Annual report on the working of the mental hospitals in the Madras Presidency - 1912-1932
Year: 1912
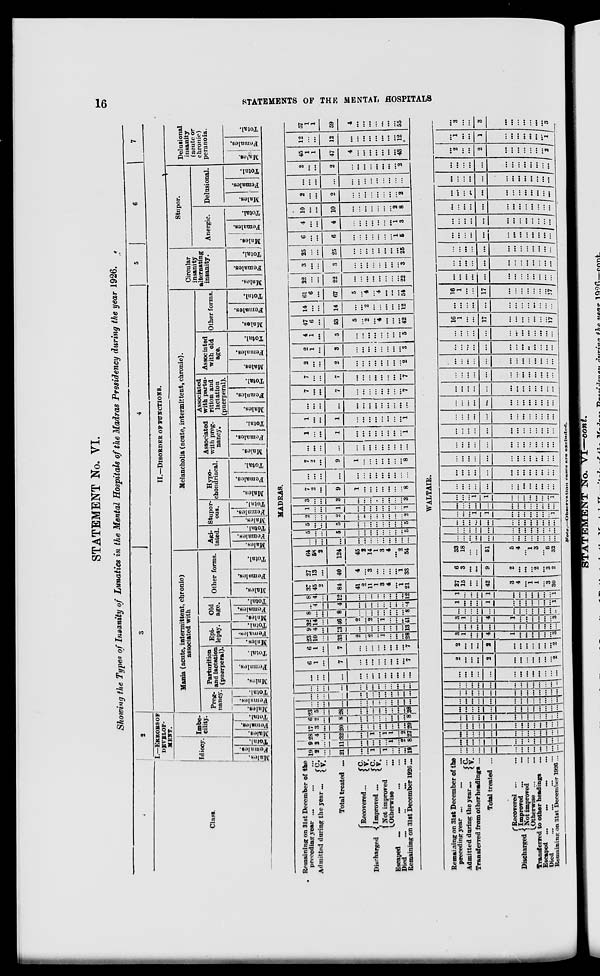
16
STATEMENTS OF THE MENTAL HOSPITALS
STATEMENT No. VI.
Showing the Types of Insanity of Lunatics in the Mental Hospitals of the Madras Presidency during the year 1926.
1
Class.
2
I.—ERRORS OF
DEVELOP-
MENT.
Idiocy.
Males.
Females.
Total.
Imbe-
cility.
Males.
Females.
Total.
3
4
5
6
7
II.—DISORDER OF FUNCTIONS.
Mania (acute, intermittent, chronic)
associated with
Preg-
nancy.
Males.
Females.
Total.
Parturition
and lactation
(puerperal).
Males.
Females.
Total.
Epi-
lepsy.
Males.
Females.
Total.
Old
age.
Males.
Females.
Total.
Other forms.
Males.
Females.
Total.
Melancholia (acute, intermittent, chronic).
Agi-
tated.
Males.
Females.
Total.
Stupor-
ous.
Males.
Females.
Total.
Hypo-
chondriacal.
Males.
Females.
Total.
Associated
with preg-
nancy.
Males.
Females.
Total.
Associated
with partu-
rition and
lactation
(puerperal).
Males.
Females.
Total.
Associated
with old
age.
Males.
Females.
Total.
Other forms.
Males.
Females.
Total.
Circular
insanity
alternating
insanity.
Males.
Females.
Total.
Stupor.
Anergic.
Males.
Females.
Total.
Delusional.
Males.
Females.
Total.
Delusional
insanity
(acute or
chronic)
peranoia.
Males.
Females.
Total.
MADRAS.
Remaining on 31st December of the
preceding year
…
…
…
Admitted during the year ...
C. V.
Total treated ...
Discharged
Recovered ...
Improved
C.
V.
C. V.
Not improved …
Otherwise …
Escaped
…
…
... …
Died
...
...
...
...
Remaining on 31st December 1926 ...
19
2
...
21
…
…
1
...
1
...
...
…
19
9
2
...
11
…
…
…
...
...
1
...
2
8
28
4
...
32
…
...
1
...
1
1
...
2
27
17
3
...
20
…
…
...
...
…
…
...
...
20
6
2
...
8
…
...
...
...
...
...
...
...
8
23
5
...
28
…
...
...
...
…
…
…
…
28
…
...
...
…
…
...
...
...
...
...
…
…
...
…
...
...
…
…
...
...
...
...
...
...
...
...
…
...
...
...
…
...
...
...
...
...
...
...
...
...
...
...
...
...
…
...
...
...
...
…
...
...
6
1
…
7
…
...
...
...
...
...
...
...
7
6
1
...
7
…
...
...
...
...
...
...
...
7
23
10
...
33
2
...
2
…
1
...
…
...
28
9
4
...
13
...
...
...
...
...
...
...
...
13
32
14
...
46
2
...
2
...
1
...
...
...
41
8
...
…
8
…
…
…
...
…
...
...
...
8
…
4
...
4
…
...
…
...
…
...
...
...
4
8
4
...
12
…
...
…
…
…
...
...
...
12
37
45
2
84
41
2
11
1
3
4
...
1
21
27
13
...
40
4
…
3
...
...
...
…
1
33
64
58
2
124
45
2
14
1
3
4
...
2
54
…
…
...
...
…
…
...
…
...
…
…
...
...
5
...
...
5
…
...
...
...
...
...
...
...
5
5
…
...
5
…
...
...
...
...
...
...
…
5
2
…
...
2
…
…
...
…
...
...
...
...
2
1
…
...
1
…
…
...
...
...
...
...
…
1
3
…
...
3
…
…
...
…
…
...
...
...
3
7
2
…
9
1
…
…
…
...
…
...
…
8
…
...
...
…
…
…
...
...
...
...
...
...
...
7
2
...
9
1
…
...
...
...
...
...
...
8
…
...
...
…
…
…
...
...
…
...
...
...
...
1
...
...
1
…
...
...
...
…
...
...
...
1
1
...
...
1
…
…
...
…
…
...
...
...
1
…
...
...
...
…
…
…
…
…
...
...
...
…
7
…
...
7
…
…
…
…
…
...
...
…
7
7
…
...
7
…
…
…
…
…
...
...
…
7
2
…
...
2
…
…
…
…
…
...
...
…
2
2
1
...
3
…
…
…
…
…
...
...
…
3
4
1
…
5
…
…
…
…
…
...
...
…
5
47
6
...
53
5
…
2
…
4
...
...
…
42
14
...
...
14
…
…
2
…
…
...
...
...
12
61
6
...
67
5
…
4
…
4
...
...
…
54
22
...
...
22
…
…
...
...
...
...
...
...
22
3
…
...
3
…
…
…
…
…
...
...
…
3
25
…
...
25
…
…
...
…
…
...
...
…
25
6
...
...
6
…
…
...
…
...
...
...
1
5
4
...
...
4
…
…
...
...
...
...
...
1
3
10
...
...
10
…
…
...
...
...
...
...
2
8
2
...
...
2
…
…
...
...
...
...
...
...
2
…
...
...
...
…
...
...
...
...
...
...
...
...
2
...
...
2
…
...
...
...
...
...
…
...
2
45
1
1
47
4
...
...
...
...
...
...
...
43
12
...
...
12
...
...
...
...
...
...
...
...
12
57
1
1
59
4
...
...
...
...
...
...
...
55
WALTAIR.
Remaining on 31st December of the
preceding year ... … …
Admitted during the year ...
C.
V.
Transferred from other headings ...
Total treated ...
Discharged
Recovered ... …
Improved ...
...
Not improved …
Otherwise … …
Transferred to other headings …
Escaped ... … … …
Died … … … …
Remaining on 31st December 1926 ...
…
...
...
...
...
…
...
...
...
...
...
...
…
…
...
...
...
...
…
...
...
...
...
...
...
…
…
...
...
...
…
…
...
...
…
...
...
...
…
…
...
...
...
…
…
…
...
…
...
...
...
…
…
...
...
...
...
…
...
...
…
...
...
...
…
…
…
...
…
…
…
…
...
…
…
...
...
…
…
...
...
...
...
…
...
...
...
...
...
...
…
…
...
...
...
...
…
...
...
...
...
...
...
...
…
...
...
...
…
…
...
...
…
...
...
…
…
…
...
…
...
…
…
…
…
…
…
...
…
…
2
...
...
...
2
...
…
...
…
…
…
…
2
2
...
...
...
2
…
…
…
...
…
...
...
2
3
1
...
...
4
1
...
...
...
...
...
...
3
...
...
...
...
...
…
...
...
...
...
...
...
...
3
1
...
...
4
1
...
…
...
...
...
...
3
...
…
...
...
...
…
...
...
...
...
...
...
…
1
…
...
...
1
…
...
...
…
...
...
...
1
1
…
...
...
1
…
...
...
...
...
...
...
1
27
15
…
...
42
3
4
...
1
1
...
3
30
6
3
…
…
9
2
...
…
...
2
...
3
2
33
18
...
...
51
5
4
...
1
3
...
6
32
…
...
...
...
...
…
...
...
...
...
...
…
…
…
...
...
...
…
…
...
...
...
...
...
…
…
…
...
...
...
...
…
...
...
...
...
...
...
…
…
...
...
1
1
…
...
...
...
...
...
...
1
…
…
...
...
…
…
...
...
...
…
...
...
...
…
...
...
1
1
…
…
...
...
...
...
...
1
. . .
...
...
…
...
…
...
...
...
...
...
...
...
...
…
…
...
...
…
...
...
...
...
...
…
...
…
...
…
...
...
…
...
...
...
...
...
…
...
…
...
...
...
...
...
...
...
...
...
...
...
...
…
...
...
...
...
…
...
...
...
...
...
…
…
…
…
...
...
…
…
...
…
…
...
...
...
…
…
...
…
...
...
…
...
...
...
...
...
…
…
...
…
...
...
...
...
...
...
...
...
...
…
...
…
...
...
...
...
…
...
...
...
...
...
…
...
...
...
…
…
…
…
...
...
…
...
...
…
...
…
...
...
...
...
…
...
...
…
…
…
…
…
…
...
…
...
...
…
…
...
...
...
…
…
…
16
1
...
...
17
...
...
...
…
...
…
…
17
…
...
…
...
...
…
...
...
…
...
...
...
...
16
1
...
...
17
…
…
...
...
...
...
...
17
...
...
…
...
...
...
...
...
...
...
…
…
…
…
...
…
...
...
…
...
...
...
...
…
...
…
…
...
…
…
...
…
…
...
...
...
...
...
…
...
...
...
...
...
…
...
...
...
...
...
...
…
…
...
...
...
...
...
...
...
...
...
...
...
...
…
...
...
...
...
…
...
...
...
...
...
...
…
...
...
...
…
...
…
...
...
...
...
…
...
…
...
...
...
...
...
…
...
...
...
...
...
...
...
...
...
...
...
...
…
...
...
...
...
...
...
...
...
2
...
...
2
...
...
...
...
...
…
…
2
…
1
...
...
1
…
…
...
...
...
...
…
1
...
3
...
...
3
…
…
...
...
...
…
...
3
Note.—Observation cases are excluded.